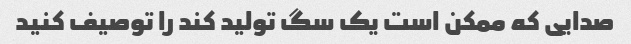
صدایی که ممکن است یک سگ تولید کند را توصیف کنید